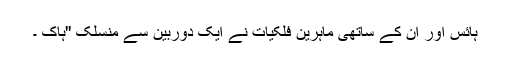
ہائس اور ان کے ساتھی ماہرین فلکیات نے ایک دوربین سے منسلک ''ہاک ۔